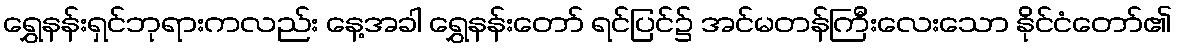
ရွှေနန်းရှင်ဘုရားကလည်း နေ့အခါ ရွှေနန်းတော် ရင်ပြင်၌ အင်မတန်ကြီးလေးသော နိုင်ငံတော်၏